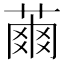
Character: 𦹚